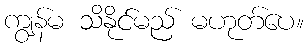
ကျွန်မ သိနိုင်မည် မဟုတ်ပေ။